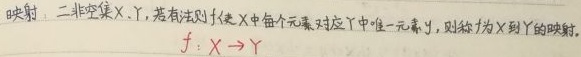
映射：二非空集 \(X\)、\(Y\)，若有法则 \(f\) 使 \(X\) 中每个元素对应 \(Y\) 中唯一元素 \(y\)，则称 \(f\) 为 \(X\) 到 \(Y\) 的映射。\(f:X\rightarrow Y\)